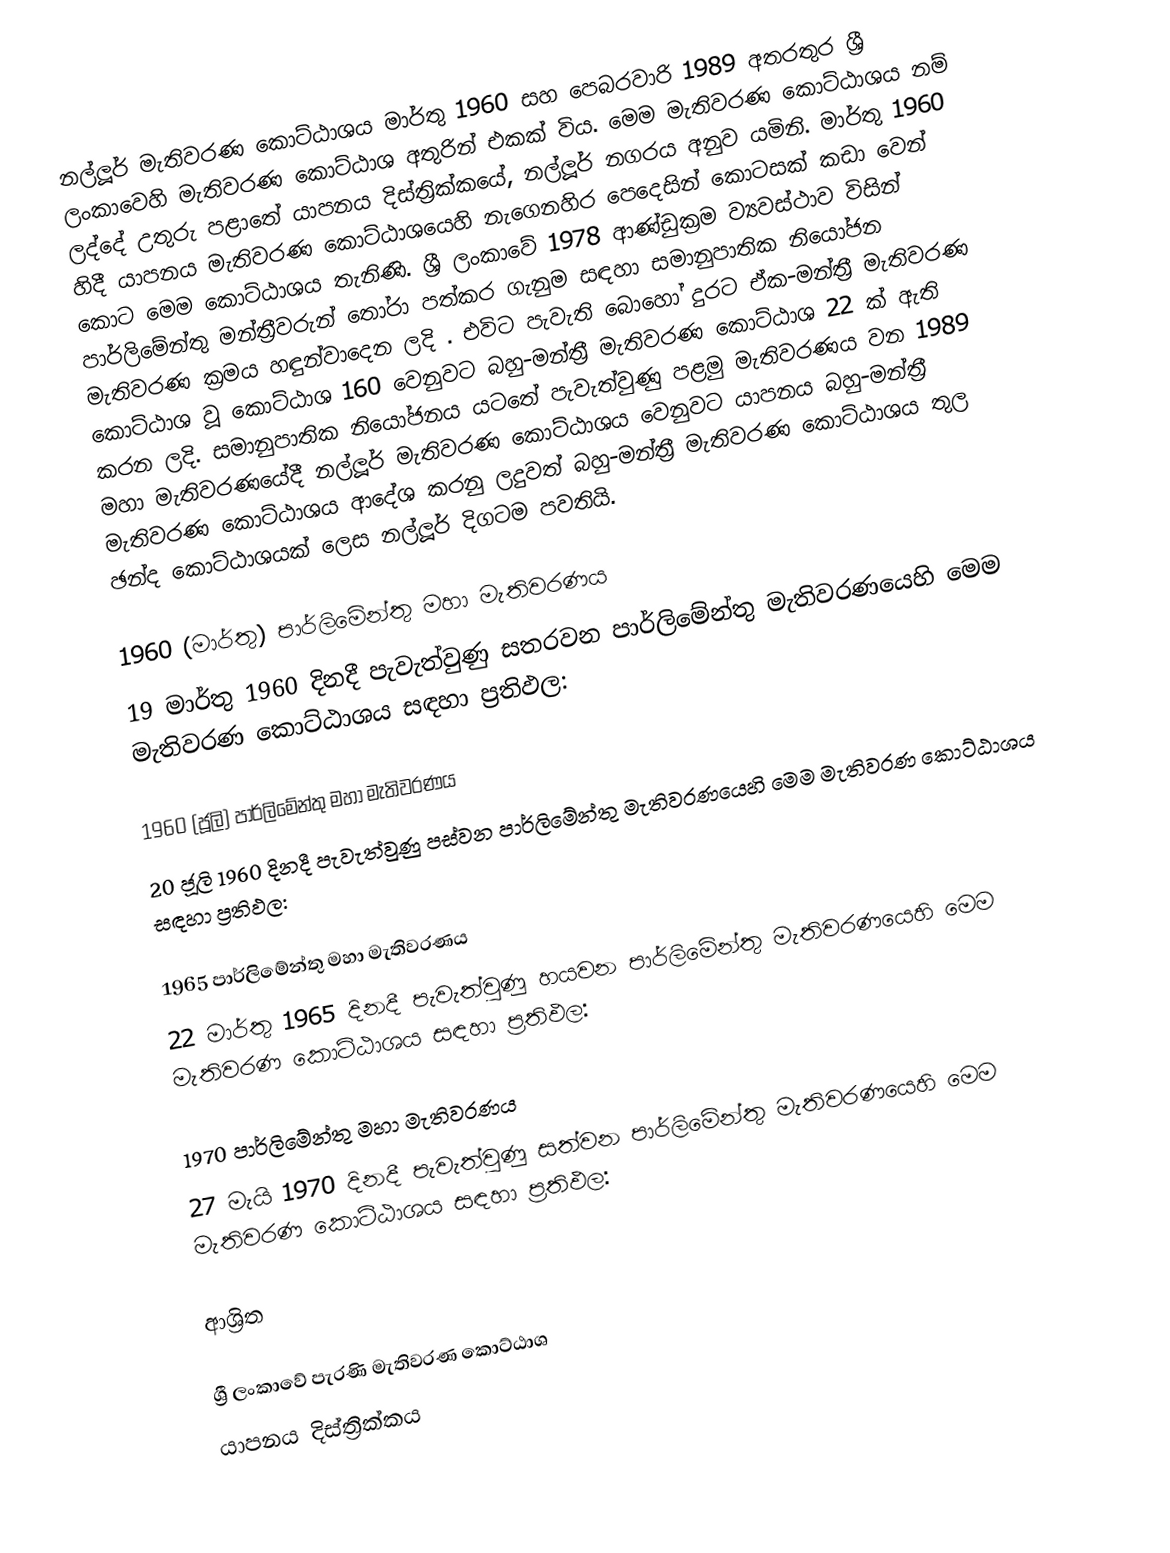
නල්ලූර් මැතිවරණ කොට්ඨාශය   මාර්තු 1960 සහ පෙබරවාරි 1989 අතරතුර  ශ්‍රී ලංකාවෙහි  මැතිවරණ කොට්ඨාශ අතුරින් එකක් විය. මෙම මැතිවරණ කොට්ඨාශය නම් ලද්දේ උතුරු පළාතේ  යාපනය දිස්ත්‍රික්කයේ,  නල්ලූර් නගරය අනුව යමිනි.   මාර්තු 1960 හිදී  යාපනය මැතිවරණ කොට්ඨාශයෙහි නැගෙනහිර පෙදෙසින් කොටසක් කඩා වෙන් කොට මෙම කොට්ඨාශය තැනිණි. ශ්‍රී ලංකාවේ 1978 ආණ්ඩුක්‍රම ව්‍යවස්ථාව විසින්   පාර්ලිමේන්තු මන්ත්‍රීවරුන් තෝරා පත්කර ගැනුම සඳහා සමානුපාතික නියෝජන මැතිවරණ ක්‍රමය හඳුන්වාදෙන ලදි . එවිට පැවැති බොහෝ දුරට  ඒක-මන්ත්‍රී මැතිවරණ කොට්ඨාශ වූ කොට්ඨාශ 160 වෙනුවට බහු-මන්ත්‍රී මැතිවරණ කොට්ඨාශ 22 ක් ඇති කරන ලදි. සමානුපාතික නියෝජනය යටතේ පැවැත්වුණු  පළමු මැතිවරණය වන 1989 මහා මැතිවරණයේදී  නල්ලූර් මැතිවරණ කොට්ඨාශය වෙනුවට  යාපනය බහු-මන්ත්‍රී මැතිවරණ කොට්ඨාශය  ආදේශ කරනු ලදුවත් බහු-මන්ත්‍රී මැතිවරණ කොට්ඨාශය තුල ඡන්ද කොට්ඨාශයක් ලෙස නල්ලූර් දිගටම පවතියි.

1960 (මාර්තු) පාර්ලිමේන්තු මහා මැතිවරණය
19 මාර්තු 1960 දිනදී පැවැත්වුණු   සතරවන පාර්ලිමේන්තු මැතිවරණයෙහි මෙම මැතිවරණ කොට්ඨාශය සඳහා ප්‍රතිඵල:

1960 (ජූලි) පාර්ලිමේන්තු මහා මැතිවරණය
20 ජූලි 1960 දිනදී පැවැත්වුණු   පස්වන පාර්ලිමේන්තු මැතිවරණයෙහි මෙම මැතිවරණ කොට්ඨාශය සඳහා ප්‍රතිඵල:

1965 පාර්ලිමේන්තු මහා මැතිවරණය
22 මාර්තු 1965  දිනදී පැවැත්වුණු   හයවන පාර්ලිමේන්තු මැතිවරණයෙහි මෙම මැතිවරණ කොට්ඨාශය සඳහා ප්‍රතිඵල:

1970 පාර්ලිමේන්තු මහා මැතිවරණය
27 මැයි 1970 දිනදී පැවැත්වුණු   සත්වන පාර්ලිමේන්තු මැතිවරණයෙහි මෙම මැතිවරණ කොට්ඨාශය සඳහා ප්‍රතිඵල:

ආශ්‍රිත

ශ්‍රී ලංකාවේ පැරණි මැතිවරණ කොට්ඨාශ
යාපනය දිස්ත්‍රික්කය